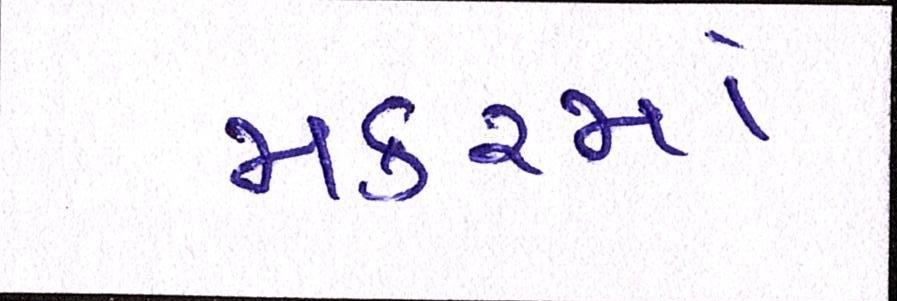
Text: મકરમાં